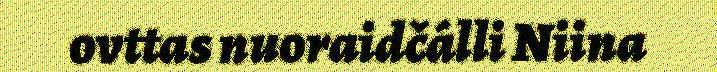
ovttas nuoraidčálli Niina